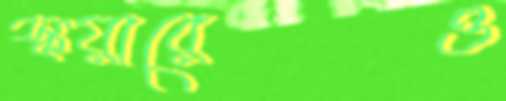
স্কয়ারেও